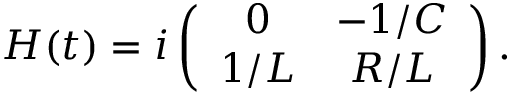
\begin{array} { r } { H ( t ) = i \left( \begin{array} { c c } { 0 } & { - 1 / C } \\ { 1 / L } & { R / L } \end{array} \right) . } \end{array}